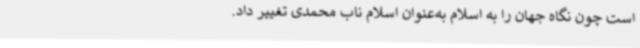
است چون نگاه جهان را به اسلام به‌عنوان اسلام ناب محمدی تغییر داد.